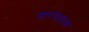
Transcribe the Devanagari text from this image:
सरमाइआ